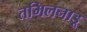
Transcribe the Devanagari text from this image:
तमिलनाड़ू